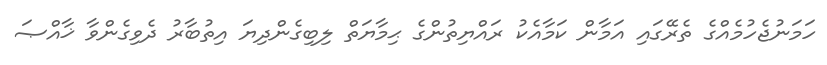
ހަމަނުޖެހުމެއްގެ ތެރޭގައި އަމާން ކަމާއެކު ރައްޔިތުންގެ ޙިމާޔަތް ލިބިގެންދިޔަ އިތުބާރު ދެވިގެންވާ ޚާއްޞަ